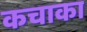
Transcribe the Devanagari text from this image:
कचाका